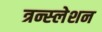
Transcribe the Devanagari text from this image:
त्रन्स्लेशन